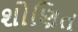
શોણિત